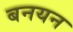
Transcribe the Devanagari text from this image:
बनयन